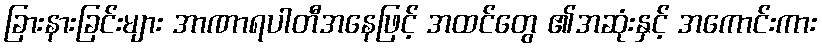
ခြားနားခြင်းများ အာဏာရပါတီအနေဖြင့် အထင်တွေ ၏အဆုံးနှင့် အကောင်းကား